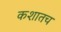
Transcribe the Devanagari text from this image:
कशातच